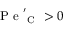
\mathrm { ~ P ~ e ~ } _ { \mathrm { ~ C ~ } } ^ { \prime } > 0